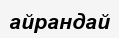
айрандай